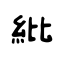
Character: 紕